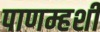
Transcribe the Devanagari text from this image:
पाणम्हशी